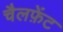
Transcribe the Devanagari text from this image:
चैलफ़ेंट